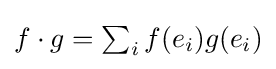
{\textstyle f\cdot g=\sum _{i}f(e_{i})g(e_{i})}